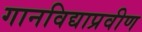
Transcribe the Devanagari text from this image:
गानविद्याप्रवीण